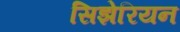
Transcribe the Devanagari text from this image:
सिझेरियन